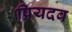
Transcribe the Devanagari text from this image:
प्रियदव